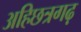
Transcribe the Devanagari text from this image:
अहिछत्रगढ़